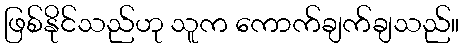
ဖြစ်နိုင်သည်ဟု သူက ကောက်ချက်ချသည်။